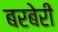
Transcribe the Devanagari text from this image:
बरबेरी